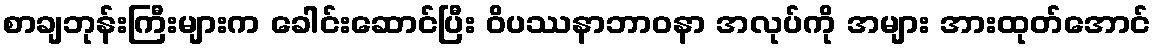
စာချဘုန်းကြီးများက ခေါင်းဆောင်ပြီး ဝိပဿနာဘာဝနာ အလုပ်ကို အများ အားထုတ်အောင်